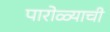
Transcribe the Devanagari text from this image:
पारोळ्याची